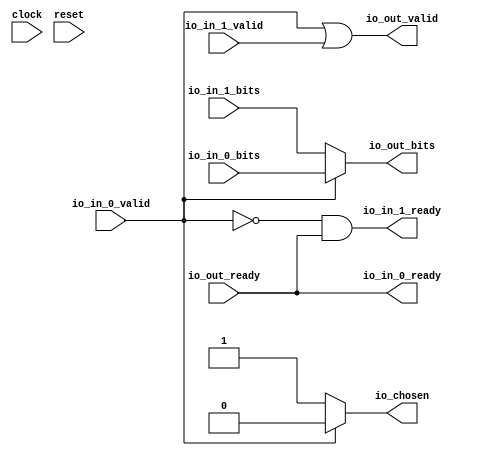
module Arbiter_4(
  input   clock,
  input   reset,
  output  io_in_0_ready,
  input   io_in_0_valid,
  input   io_in_0_bits,
  output  io_in_1_ready,
  input   io_in_1_valid,
  input   io_in_1_bits,
  input   io_out_ready,
  output  io_out_valid,
  output  io_out_bits,
  output  io_chosen
);
  wire  _GEN_0;
  wire  _GEN_1;
  wire  _T_62;
  wire  _T_64;
  wire  _T_66;
  wire  _T_67;
  assign io_in_0_ready = io_out_ready;
  assign io_in_1_ready = _T_64;
  assign io_out_valid = _T_67;
  assign io_out_bits = _GEN_1;
  assign io_chosen = _GEN_0;
  assign _GEN_0 = io_in_0_valid ? 1'h0 : 1'h1;
  assign _GEN_1 = io_in_0_valid ? io_in_0_bits : io_in_1_bits;
  assign _T_62 = io_in_0_valid == 1'h0;
  assign _T_64 = _T_62 & io_out_ready;
  assign _T_66 = _T_62 == 1'h0;
  assign _T_67 = _T_66 | io_in_1_valid;
endmodule